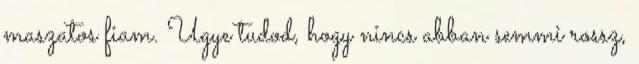
maszatos fiam. Ugye tudod, hogy nincs abban semmi rossz,